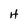
Character: 4